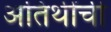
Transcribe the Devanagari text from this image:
अतिथींची